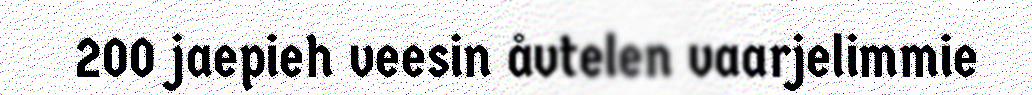
200 jaepieh veesin åvtelen vaarjelimmie